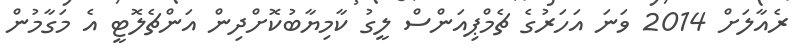
ރެއާލަށް 2014 ވަނަ އަހަރުގެ ޗެމްޕިއަންސް ލީގު ކާމިޔާބުކޮށްދިން އަންޗެލޮޓީ އެ މަގާމުން